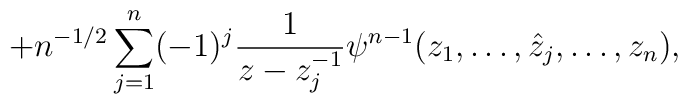
+n^{-1/2}\sum^n_{j=1}(-1)^j\frac1{z-z^{-1}_j}\psi^{n-1}(z_1,\ldots,\hat{z}_j,\ldots,z_n),